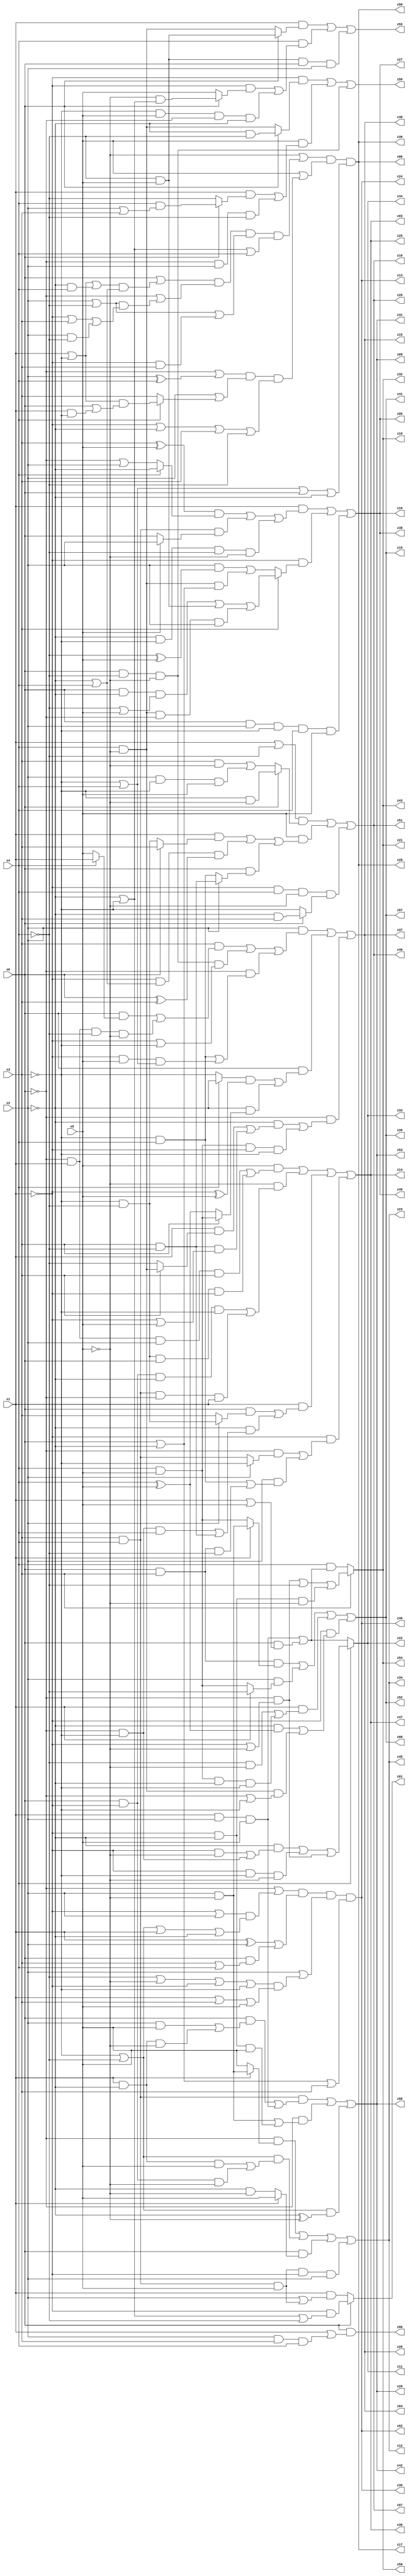
// Benchmark "q_9" written by ABC on Fri Jul 07 00:12:15 2023

module q_9 ( 
    x0, x1, x2, x3, x4, x5,
    z00, z01, z02, z03, z04, z05, z06, z07, z08, z09, z10, z11, z12, z13,
    z14, z15, z16, z17, z18, z19, z20, z21, z22, z23, z24, z25, z26, z27,
    z28, z29, z30, z31, z32, z33, z34, z35, z36, z37, z38, z39, z40, z41,
    z42, z43, z44, z45, z46, z47, z48, z49, z50, z51, z52, z53, z54, z55,
    z56, z57, z58, z59  );
  input  x0, x1, x2, x3, x4, x5;
  output z00, z01, z02, z03, z04, z05, z06, z07, z08, z09, z10, z11, z12, z13,
    z14, z15, z16, z17, z18, z19, z20, z21, z22, z23, z24, z25, z26, z27,
    z28, z29, z30, z31, z32, z33, z34, z35, z36, z37, z38, z39, z40, z41,
    z42, z43, z44, z45, z46, z47, z48, z49, z50, z51, z52, z53, z54, z55,
    z56, z57, z58, z59;
  assign z00 = x0 & (x1 | (x2 & x3 & x4));
  assign z01 = x0 ? (~x1 & (~x2 | ~x3 | ~x4)) : (x1 & (x2 | (x3 & x4 & x5)));
  assign z02 = (~x0 | ((~x1 | x2) & (~x3 | ~x4 | x1 | ~x2))) & ((x1 ^ x2) | (x0 & (x3 | x4))) & (x2 | ((~x4 | ~x5 | ~x1 | ~x3) & (x1 | x3 | x5))) & (x0 | ~x2 | x3);
  assign z03 = (x5 & ((~x0 & x1 & x2 & x3) | (~x3 & ~x4 & x0 & ~x1))) | (~x5 & ((x0 & ~x1 & ~x2 & ~x3) | (x3 & x4 & ~x0 & x1))) | (x1 & ((x0 & (x2 ? (~x3 & ~x4) : x3)) | (~x2 & ((~x0 & ~x3 & x4) | (x3 & ~x4))))) | (~x1 & ((~x0 & (x2 ? ~x3 : (x3 & x4))) | (x2 & ((~x3 & x4) | (x0 & x3 & ~x4)))));
  assign z04 = (x2 & ((x3 & ((x0 & (x4 ? x1 : x5)) | (~x0 & x1 & ~x4 & ~x5))) | (x0 & ~x4 & ~x5 & (~x1 | ~x3)) | (~x0 & ((~x3 & x4) | (~x1 & x5 & (~x3 | x4)))))) | (x0 & (((x4 ? ~x2 : ~x3) & (~x1 ^ x5)) | (~x2 & (x3 ? (x4 & x5) : (x4 ^ x5))))) | (~x0 & ((~x2 & ((x1 & (x3 ? (x4 & ~x5) : ~x4)) | (x3 & ~x4 & (~x1 | x5)))) | (x4 & x5 & ~x1 & ~x3)));
  assign z05 = (x1 & (((x3 ^ x5) & (x4 ? ~x2 : (~x0 | x2))) | (x3 & x4 & (x5 ? x2 : x0)) | (~x2 & ~x3 & ~x4 & ~x5))) | (~x1 & (x3 ? ((x0 & ~x2 & (~x4 | x5)) | (~x4 & x5) | (x4 & ~x5 & ~x0 & x2)) : ((x2 & (~x4 ^ x5)) | (x4 & ~x5 & (x0 | ~x2))))) | (x0 & x2 & ~x3 & x4 & x5);
  assign z06 = (~x5 | ((x0 | ((x1 | ~x3 | (~x2 & x4)) & (~x2 | x4))) & (~x0 | ((x2 | ~x4) & (~x1 | x3 | (x2 & ~x4)))) & (x2 | ~x4 | (~x1 & x3)) & (~x2 | ~x3 | x4))) & (x5 | ((~x0 | (x2 ^ x4)) & (x2 | (x4 ? ((x1 | ~x3) & (x0 | (x1 & ~x3))) : x3)) & (~x1 | ~x2 | x3 | ~x4))) & (~x3 | x4 | x0 | ~x2);
  assign z07 = ((x1 | ~x4) & (x0 ? (~x3 & ~x5) : ((x3 & ~x5) | (x2 & ~x3 & x5)))) | (x5 & ((x1 & (x0 ? x3 : (~x3 & ~x4))) | (~x1 & (~x2 | x4) & (x0 ^ x3)) | (x0 & (x2 ? (x3 & ~x4) : (~x3 & x4))))) | (~x1 & x4 & ~x5 & (x0 ? (~x2 & x3) : ~x3));
  assign z08 = (x0 & x3 & (x1 ? (x2 & ~x5) : (x4 & x5))) | (x2 & (x1 ? ~x4 : (x4 & x5))) | (x1 & ((~x4 & ~x5) | (x4 & x5 & ~x2 & ~x3))) | (~x1 & ((~x2 & (x4 ^ x5)) | (x4 & ~x5 & (~x0 | ~x3))));
  assign z09 = (x3 & x4 & ((x0 & ((x2 & x5) | (x1 & ~x2 & ~x5))) | (x1 & x2 & x5))) | (~x0 & ((x2 & ~x5) | (~x1 & ~x2 & x5))) | ((~x3 | ~x4) & (~x2 ^ ~x5));
  assign z10 = x3 ? ((~x0 & (~x1 | ~x5)) | ~x4 | (~x1 & ~x2 & ~x5)) : (x4 & ((x1 & x2 & x5) | (x0 & (x1 | x5))));
  assign z11 = x4 ? ((~x2 & ((~x1 & ~x5) | (~x0 & ~x3))) | (~x1 & ~x3 & ~x5) | (~x0 & (~x1 | ~x5))) : ((x1 & x2 & x5) | (x0 & (x1 | x5)));
  assign z12 = (~x0 & (x1 ? (x2 & ~x5) : x5)) | ((~x3 | ~x4) & ((x1 & ~x2 & x5) | (x0 & ~x1 & ~x5))) | (x0 & (x1 ? x5 : (~x2 & ~x5))) | (x3 & x4 & x5 & ~x1 & x2);
  assign z55 = (x1 & (x0 ? (~x4 & x5) : (x4 & ~x5))) | (x4 & ((~x1 & (x0 ? (~x5 & (~x2 | ~x3)) : x5)) | (~x3 & x5 & ~x0 & ~x2))) | (~x4 & x5 & x0 & x2);
  assign z56 = (~x1 & (x0 ? (~x2 & ~x4) : (x4 & ~x5))) | (x5 & ((x1 & (x0 ? (x4 & (x2 | x3)) : ~x4)) | (~x0 & x2 & ~x4))) | (x0 & ~x4 & ~x5);
  assign z13 = (~x0 | ((~x1 | x2) & (~x3 | ~x4 | x1 | ~x2))) & ((x1 ^ x2) | (x0 & (x3 | x4))) & (x2 | ((~x4 | ~x5 | ~x1 | ~x3) & (x1 | x3 | x5))) & (x0 | ~x2 | x3);
  assign z14 = (x5 & ((~x0 & x1 & x2 & x3) | (~x3 & ~x4 & x0 & ~x1))) | (~x5 & ((x0 & ~x1 & ~x2 & ~x3) | (x3 & x4 & ~x0 & x1))) | (x1 & ((x0 & (x2 ? (~x3 & ~x4) : x3)) | (~x2 & ((~x0 & ~x3 & x4) | (x3 & ~x4))))) | (~x1 & ((~x0 & (x2 ? ~x3 : (x3 & x4))) | (x2 & ((~x3 & x4) | (x0 & x3 & ~x4)))));
  assign z15 = (x2 & ((x3 & ((x0 & (x4 ? x1 : x5)) | (~x0 & x1 & ~x4 & ~x5))) | (x0 & ~x4 & ~x5 & (~x1 | ~x3)) | (~x0 & ((~x3 & x4) | (~x1 & x5 & (~x3 | x4)))))) | (x0 & (((x4 ? ~x2 : ~x3) & (~x1 ^ x5)) | (~x2 & (x3 ? (x4 & x5) : (x4 ^ x5))))) | (~x0 & ((~x2 & ((x1 & (x3 ? (x4 & ~x5) : ~x4)) | (x3 & ~x4 & (~x1 | x5)))) | (x4 & x5 & ~x1 & ~x3)));
  assign z16 = (x1 & (((x3 ^ x5) & (x4 ? ~x2 : (~x0 | x2))) | (x3 & x4 & (x5 ? x2 : x0)) | (~x2 & ~x3 & ~x4 & ~x5))) | (~x1 & (x3 ? ((x0 & ~x2 & (~x4 | x5)) | (~x4 & x5) | (x4 & ~x5 & ~x0 & x2)) : ((x2 & (~x4 ^ x5)) | (x4 & ~x5 & (x0 | ~x2))))) | (x0 & x2 & ~x3 & x4 & x5);
  assign z17 = (~x5 | ((x0 | ((x1 | ~x3 | (~x2 & x4)) & (~x2 | x4))) & (~x0 | ((x2 | ~x4) & (~x1 | x3 | (x2 & ~x4)))) & (x2 | ~x4 | (~x1 & x3)) & (~x2 | ~x3 | x4))) & (x5 | ((~x0 | (x2 ^ x4)) & (x2 | (x4 ? ((x1 | ~x3) & (x0 | (x1 & ~x3))) : x3)) & (~x1 | ~x2 | x3 | ~x4))) & (~x3 | x4 | x0 | ~x2);
  assign z18 = ((x1 | ~x4) & (x0 ? (~x3 & ~x5) : ((x3 & ~x5) | (x2 & ~x3 & x5)))) | (x5 & ((x1 & (x0 ? x3 : (~x3 & ~x4))) | (~x1 & (~x2 | x4) & (x0 ^ x3)) | (x0 & (x2 ? (x3 & ~x4) : (~x3 & x4))))) | (~x1 & x4 & ~x5 & (x0 ? (~x2 & x3) : ~x3));
  assign z19 = (x0 & x3 & (x1 ? (x2 & ~x5) : (x4 & x5))) | (x2 & (x1 ? ~x4 : (x4 & x5))) | (x1 & ((~x4 & ~x5) | (x4 & x5 & ~x2 & ~x3))) | (~x1 & ((~x2 & (x4 ^ x5)) | (x4 & ~x5 & (~x0 | ~x3))));
  assign z20 = (x3 & x4 & ((x0 & ((x2 & x5) | (x1 & ~x2 & ~x5))) | (x1 & x2 & x5))) | (~x0 & ((x2 & ~x5) | (~x1 & ~x2 & x5))) | ((~x3 | ~x4) & (~x2 ^ ~x5));
  assign z21 = x3 ? ((~x0 & (~x1 | ~x5)) | ~x4 | (~x1 & ~x2 & ~x5)) : (x4 & ((x1 & x2 & x5) | (x0 & (x1 | x5))));
  assign z22 = x4 ? ((~x2 & ((~x1 & ~x5) | (~x0 & ~x3))) | (~x1 & ~x3 & ~x5) | (~x0 & (~x1 | ~x5))) : ((x1 & x2 & x5) | (x0 & (x1 | x5)));
  assign z23 = (~x0 & (x1 ? (x2 & ~x5) : x5)) | ((~x3 | ~x4) & ((x1 & ~x2 & x5) | (x0 & ~x1 & ~x5))) | (x0 & (x1 ? x5 : (~x2 & ~x5))) | (x3 & x4 & x5 & ~x1 & x2);
  assign z24 = (~x0 | ((~x1 | x2) & (~x3 | ~x4 | x1 | ~x2))) & ((x1 ^ x2) | (x0 & (x3 | x4))) & (x2 | ((~x4 | ~x5 | ~x1 | ~x3) & (x1 | x3 | x5))) & (x0 | ~x2 | x3);
  assign z25 = (x5 & ((~x0 & x1 & x2 & x3) | (~x3 & ~x4 & x0 & ~x1))) | (~x5 & ((x0 & ~x1 & ~x2 & ~x3) | (x3 & x4 & ~x0 & x1))) | (x1 & ((x0 & (x2 ? (~x3 & ~x4) : x3)) | (~x2 & ((~x0 & ~x3 & x4) | (x3 & ~x4))))) | (~x1 & ((~x0 & (x2 ? ~x3 : (x3 & x4))) | (x2 & ((~x3 & x4) | (x0 & x3 & ~x4)))));
  assign z26 = (x2 & ((x3 & ((x0 & (x4 ? x1 : x5)) | (~x0 & x1 & ~x4 & ~x5))) | (x0 & ~x4 & ~x5 & (~x1 | ~x3)) | (~x0 & ((~x3 & x4) | (~x1 & x5 & (~x3 | x4)))))) | (x0 & (((x4 ? ~x2 : ~x3) & (~x1 ^ x5)) | (~x2 & (x3 ? (x4 & x5) : (x4 ^ x5))))) | (~x0 & ((~x2 & ((x1 & (x3 ? (x4 & ~x5) : ~x4)) | (x3 & ~x4 & (~x1 | x5)))) | (x4 & x5 & ~x1 & ~x3)));
  assign z27 = (x1 & (((x3 ^ x5) & (x4 ? ~x2 : (~x0 | x2))) | (x3 & x4 & (x5 ? x2 : x0)) | (~x2 & ~x3 & ~x4 & ~x5))) | (~x1 & (x3 ? ((x0 & ~x2 & (~x4 | x5)) | (~x4 & x5) | (x4 & ~x5 & ~x0 & x2)) : ((x2 & (~x4 ^ x5)) | (x4 & ~x5 & (x0 | ~x2))))) | (x0 & x2 & ~x3 & x4 & x5);
  assign z28 = (~x5 | ((x0 | ((x1 | ~x3 | (~x2 & x4)) & (~x2 | x4))) & (~x0 | ((x2 | ~x4) & (~x1 | x3 | (x2 & ~x4)))) & (x2 | ~x4 | (~x1 & x3)) & (~x2 | ~x3 | x4))) & (x5 | ((~x0 | (x2 ^ x4)) & (x2 | (x4 ? ((x1 | ~x3) & (x0 | (x1 & ~x3))) : x3)) & (~x1 | ~x2 | x3 | ~x4))) & (~x3 | x4 | x0 | ~x2);
  assign z29 = ((x1 | ~x4) & (x0 ? (~x3 & ~x5) : ((x3 & ~x5) | (x2 & ~x3 & x5)))) | (x5 & ((x1 & (x0 ? x3 : (~x3 & ~x4))) | (~x1 & (~x2 | x4) & (x0 ^ x3)) | (x0 & (x2 ? (x3 & ~x4) : (~x3 & x4))))) | (~x1 & x4 & ~x5 & (x0 ? (~x2 & x3) : ~x3));
  assign z30 = (x0 & x3 & (x1 ? (x2 & ~x5) : (x4 & x5))) | (x2 & (x1 ? ~x4 : (x4 & x5))) | (x1 & ((~x4 & ~x5) | (x4 & x5 & ~x2 & ~x3))) | (~x1 & ((~x2 & (x4 ^ x5)) | (x4 & ~x5 & (~x0 | ~x3))));
  assign z31 = (x3 & x4 & ((x0 & ((x2 & x5) | (x1 & ~x2 & ~x5))) | (x1 & x2 & x5))) | (~x0 & ((x2 & ~x5) | (~x1 & ~x2 & x5))) | ((~x3 | ~x4) & (~x2 ^ ~x5));
  assign z32 = x3 ? ((~x0 & (~x1 | ~x5)) | ~x4 | (~x1 & ~x2 & ~x5)) : (x4 & ((x1 & x2 & x5) | (x0 & (x1 | x5))));
  assign z33 = x4 ? ((~x2 & ((~x1 & ~x5) | (~x0 & ~x3))) | (~x1 & ~x3 & ~x5) | (~x0 & (~x1 | ~x5))) : ((x1 & x2 & x5) | (x0 & (x1 | x5)));
  assign z34 = (~x0 & (x1 ? (x2 & ~x5) : x5)) | ((~x3 | ~x4) & ((x1 & ~x2 & x5) | (x0 & ~x1 & ~x5))) | (x0 & (x1 ? x5 : (~x2 & ~x5))) | (x3 & x4 & x5 & ~x1 & x2);
  assign z35 = (~x0 | ((~x1 | x2) & (~x3 | ~x4 | x1 | ~x2))) & ((x1 ^ x2) | (x0 & (x3 | x4))) & (x2 | ((~x4 | ~x5 | ~x1 | ~x3) & (x1 | x3 | x5))) & (x0 | ~x2 | x3);
  assign z36 = (x5 & ((~x0 & x1 & x2 & x3) | (~x3 & ~x4 & x0 & ~x1))) | (~x5 & ((x0 & ~x1 & ~x2 & ~x3) | (x3 & x4 & ~x0 & x1))) | (x1 & ((x0 & (x2 ? (~x3 & ~x4) : x3)) | (~x2 & ((~x0 & ~x3 & x4) | (x3 & ~x4))))) | (~x1 & ((~x0 & (x2 ? ~x3 : (x3 & x4))) | (x2 & ((~x3 & x4) | (x0 & x3 & ~x4)))));
  assign z37 = (x2 & ((x3 & ((x0 & (x4 ? x1 : x5)) | (~x0 & x1 & ~x4 & ~x5))) | (x0 & ~x4 & ~x5 & (~x1 | ~x3)) | (~x0 & ((~x3 & x4) | (~x1 & x5 & (~x3 | x4)))))) | (x0 & (((x4 ? ~x2 : ~x3) & (~x1 ^ x5)) | (~x2 & (x3 ? (x4 & x5) : (x4 ^ x5))))) | (~x0 & ((~x2 & ((x1 & (x3 ? (x4 & ~x5) : ~x4)) | (x3 & ~x4 & (~x1 | x5)))) | (x4 & x5 & ~x1 & ~x3)));
  assign z38 = (x1 & (((x3 ^ x5) & (x4 ? ~x2 : (~x0 | x2))) | (x3 & x4 & (x5 ? x2 : x0)) | (~x2 & ~x3 & ~x4 & ~x5))) | (~x1 & (x3 ? ((x0 & ~x2 & (~x4 | x5)) | (~x4 & x5) | (x4 & ~x5 & ~x0 & x2)) : ((x2 & (~x4 ^ x5)) | (x4 & ~x5 & (x0 | ~x2))))) | (x0 & x2 & ~x3 & x4 & x5);
  assign z39 = (~x5 | ((x0 | ((x1 | ~x3 | (~x2 & x4)) & (~x2 | x4))) & (~x0 | ((x2 | ~x4) & (~x1 | x3 | (x2 & ~x4)))) & (x2 | ~x4 | (~x1 & x3)) & (~x2 | ~x3 | x4))) & (x5 | ((~x0 | (x2 ^ x4)) & (x2 | (x4 ? ((x1 | ~x3) & (x0 | (x1 & ~x3))) : x3)) & (~x1 | ~x2 | x3 | ~x4))) & (~x3 | x4 | x0 | ~x2);
  assign z40 = ((x1 | ~x4) & (x0 ? (~x3 & ~x5) : ((x3 & ~x5) | (x2 & ~x3 & x5)))) | (x5 & ((x1 & (x0 ? x3 : (~x3 & ~x4))) | (~x1 & (~x2 | x4) & (x0 ^ x3)) | (x0 & (x2 ? (x3 & ~x4) : (~x3 & x4))))) | (~x1 & x4 & ~x5 & (x0 ? (~x2 & x3) : ~x3));
  assign z41 = (x0 & x3 & (x1 ? (x2 & ~x5) : (x4 & x5))) | (x2 & (x1 ? ~x4 : (x4 & x5))) | (x1 & ((~x4 & ~x5) | (x4 & x5 & ~x2 & ~x3))) | (~x1 & ((~x2 & (x4 ^ x5)) | (x4 & ~x5 & (~x0 | ~x3))));
  assign z42 = (x3 & x4 & ((x0 & ((x2 & x5) | (x1 & ~x2 & ~x5))) | (x1 & x2 & x5))) | (~x0 & ((x2 & ~x5) | (~x1 & ~x2 & x5))) | ((~x3 | ~x4) & (~x2 ^ ~x5));
  assign z43 = x3 ? ((~x0 & (~x1 | ~x5)) | ~x4 | (~x1 & ~x2 & ~x5)) : (x4 & ((x1 & x2 & x5) | (x0 & (x1 | x5))));
  assign z44 = x4 ? ((~x2 & ((~x1 & ~x5) | (~x0 & ~x3))) | (~x1 & ~x3 & ~x5) | (~x0 & (~x1 | ~x5))) : ((x1 & x2 & x5) | (x0 & (x1 | x5)));
  assign z45 = (~x0 & (x1 ? (x2 & ~x5) : x5)) | ((~x3 | ~x4) & ((x1 & ~x2 & x5) | (x0 & ~x1 & ~x5))) | (x0 & (x1 ? x5 : (~x2 & ~x5))) | (x3 & x4 & x5 & ~x1 & x2);
  assign z46 = (~x0 | ((~x1 | x2) & (~x3 | ~x4 | x1 | ~x2))) & ((x1 ^ x2) | (x0 & (x3 | x4))) & (x2 | ((~x4 | ~x5 | ~x1 | ~x3) & (x1 | x3 | x5))) & (x0 | ~x2 | x3);
  assign z47 = (x5 & ((~x0 & x1 & x2 & x3) | (~x3 & ~x4 & x0 & ~x1))) | (~x5 & ((x0 & ~x1 & ~x2 & ~x3) | (x3 & x4 & ~x0 & x1))) | (x1 & ((x0 & (x2 ? (~x3 & ~x4) : x3)) | (~x2 & ((~x0 & ~x3 & x4) | (x3 & ~x4))))) | (~x1 & ((~x0 & (x2 ? ~x3 : (x3 & x4))) | (x2 & ((~x3 & x4) | (x0 & x3 & ~x4)))));
  assign z48 = (x2 & ((x3 & ((x0 & (x4 ? x1 : x5)) | (~x0 & x1 & ~x4 & ~x5))) | (x0 & ~x4 & ~x5 & (~x1 | ~x3)) | (~x0 & ((~x3 & x4) | (~x1 & x5 & (~x3 | x4)))))) | (x0 & (((x4 ? ~x2 : ~x3) & (~x1 ^ x5)) | (~x2 & (x3 ? (x4 & x5) : (x4 ^ x5))))) | (~x0 & ((~x2 & ((x1 & (x3 ? (x4 & ~x5) : ~x4)) | (x3 & ~x4 & (~x1 | x5)))) | (x4 & x5 & ~x1 & ~x3)));
  assign z49 = (x1 & (((x3 ^ x5) & (x4 ? ~x2 : (~x0 | x2))) | (x3 & x4 & (x5 ? x2 : x0)) | (~x2 & ~x3 & ~x4 & ~x5))) | (~x1 & (x3 ? ((x0 & ~x2 & (~x4 | x5)) | (~x4 & x5) | (x4 & ~x5 & ~x0 & x2)) : ((x2 & (~x4 ^ x5)) | (x4 & ~x5 & (x0 | ~x2))))) | (x0 & x2 & ~x3 & x4 & x5);
  assign z50 = (~x5 | ((x0 | ((x1 | ~x3 | (~x2 & x4)) & (~x2 | x4))) & (~x0 | ((x2 | ~x4) & (~x1 | x3 | (x2 & ~x4)))) & (x2 | ~x4 | (~x1 & x3)) & (~x2 | ~x3 | x4))) & (x5 | ((~x0 | (x2 ^ x4)) & (x2 | (x4 ? ((x1 | ~x3) & (x0 | (x1 & ~x3))) : x3)) & (~x1 | ~x2 | x3 | ~x4))) & (~x3 | x4 | x0 | ~x2);
  assign z51 = ((x1 | ~x4) & (x0 ? (~x3 & ~x5) : ((x3 & ~x5) | (x2 & ~x3 & x5)))) | (x5 & ((x1 & (x0 ? x3 : (~x3 & ~x4))) | (~x1 & (~x2 | x4) & (x0 ^ x3)) | (x0 & (x2 ? (x3 & ~x4) : (~x3 & x4))))) | (~x1 & x4 & ~x5 & (x0 ? (~x2 & x3) : ~x3));
  assign z52 = (x0 & x3 & (x1 ? (x2 & ~x5) : (x4 & x5))) | (x2 & (x1 ? ~x4 : (x4 & x5))) | (x1 & ((~x4 & ~x5) | (x4 & x5 & ~x2 & ~x3))) | (~x1 & ((~x2 & (x4 ^ x5)) | (x4 & ~x5 & (~x0 | ~x3))));
  assign z53 = (x3 & x4 & ((x0 & ((x2 & x5) | (x1 & ~x2 & ~x5))) | (x1 & x2 & x5))) | (~x0 & ((x2 & ~x5) | (~x1 & ~x2 & x5))) | ((~x3 | ~x4) & (~x2 ^ ~x5));
  assign z54 = x3 ? ((~x0 & (~x1 | ~x5)) | ~x4 | (~x1 & ~x2 & ~x5)) : (x4 & ((x1 & x2 & x5) | (x0 & (x1 | x5))));
  assign z57 = (x0 & x3 & (x1 ? (x2 & ~x5) : (x4 & x5))) | (x2 & (x1 ? ~x4 : (x4 & x5))) | (x1 & ((~x4 & ~x5) | (x4 & x5 & ~x2 & ~x3))) | (~x1 & ((~x2 & (x4 ^ x5)) | (x4 & ~x5 & (~x0 | ~x3))));
  assign z58 = (x3 & x4 & ((x0 & ((x2 & x5) | (x1 & ~x2 & ~x5))) | (x1 & x2 & x5))) | (~x0 & ((x2 & ~x5) | (~x1 & ~x2 & x5))) | ((~x3 | ~x4) & (~x2 ^ ~x5));
  assign z59 = x3 ? ((~x0 & (~x1 | ~x5)) | ~x4 | (~x1 & ~x2 & ~x5)) : (x4 & ((x1 & x2 & x5) | (x0 & (x1 | x5))));
endmodule